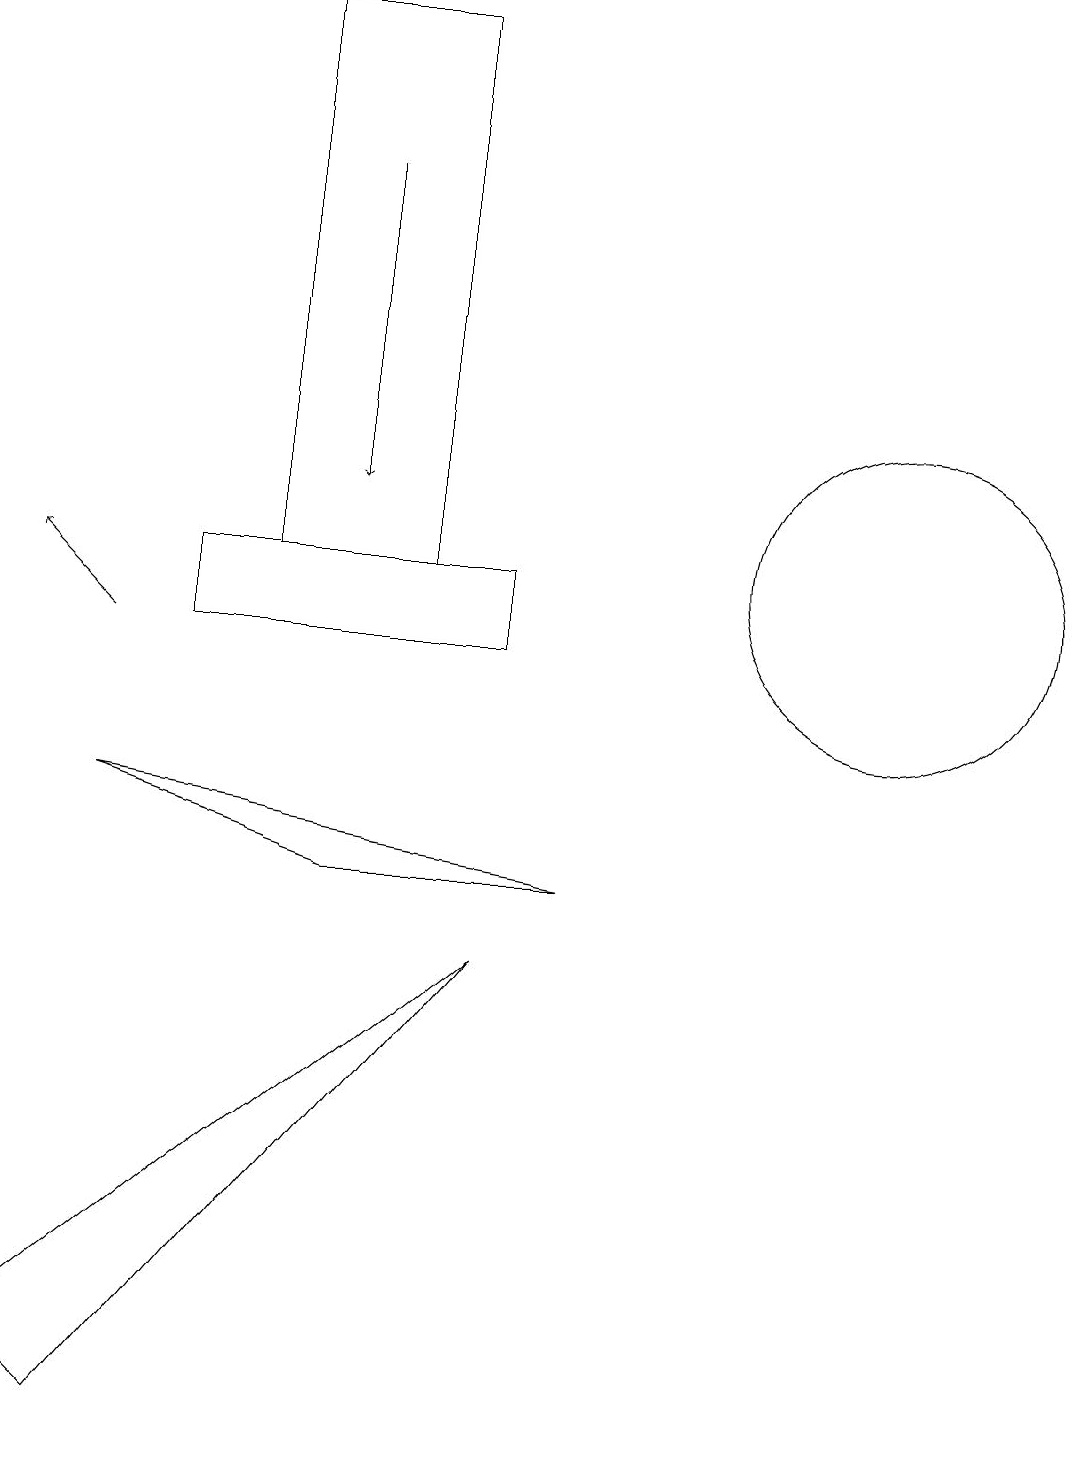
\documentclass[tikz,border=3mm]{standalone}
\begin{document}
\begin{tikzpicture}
\draw (7,7) -- (4,7) -- (1,8) -- cycle;
\draw (0,1) -- (6,6) -- (1,0) -- cycle;
\draw[->] (1,10) -- (0,11);
\draw (11,11) circle (2);
\draw (5,18) rectangle (3,11);
\draw[->] (4,16) -- (4,12);
\draw (2,10) rectangle (6,11);
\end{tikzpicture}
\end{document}